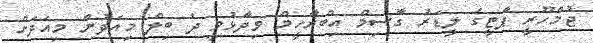
ޖުމްހޫރީ ޕާޓީގެ ލީޑަރު ގާސިމް އިބްރާހީމް ވިދާޅުވީ ދެ ބިލް މިއަދުން މިއަދަށް